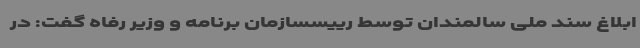
ابلاغ سند ملی سالمندان توسط رییسسازمان برنامه و وزیر رفاه گفت: در